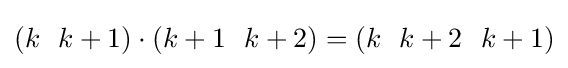
(k~~k+1)\cdot (k+1~~k+2)=(k~~k+2~~k+1)